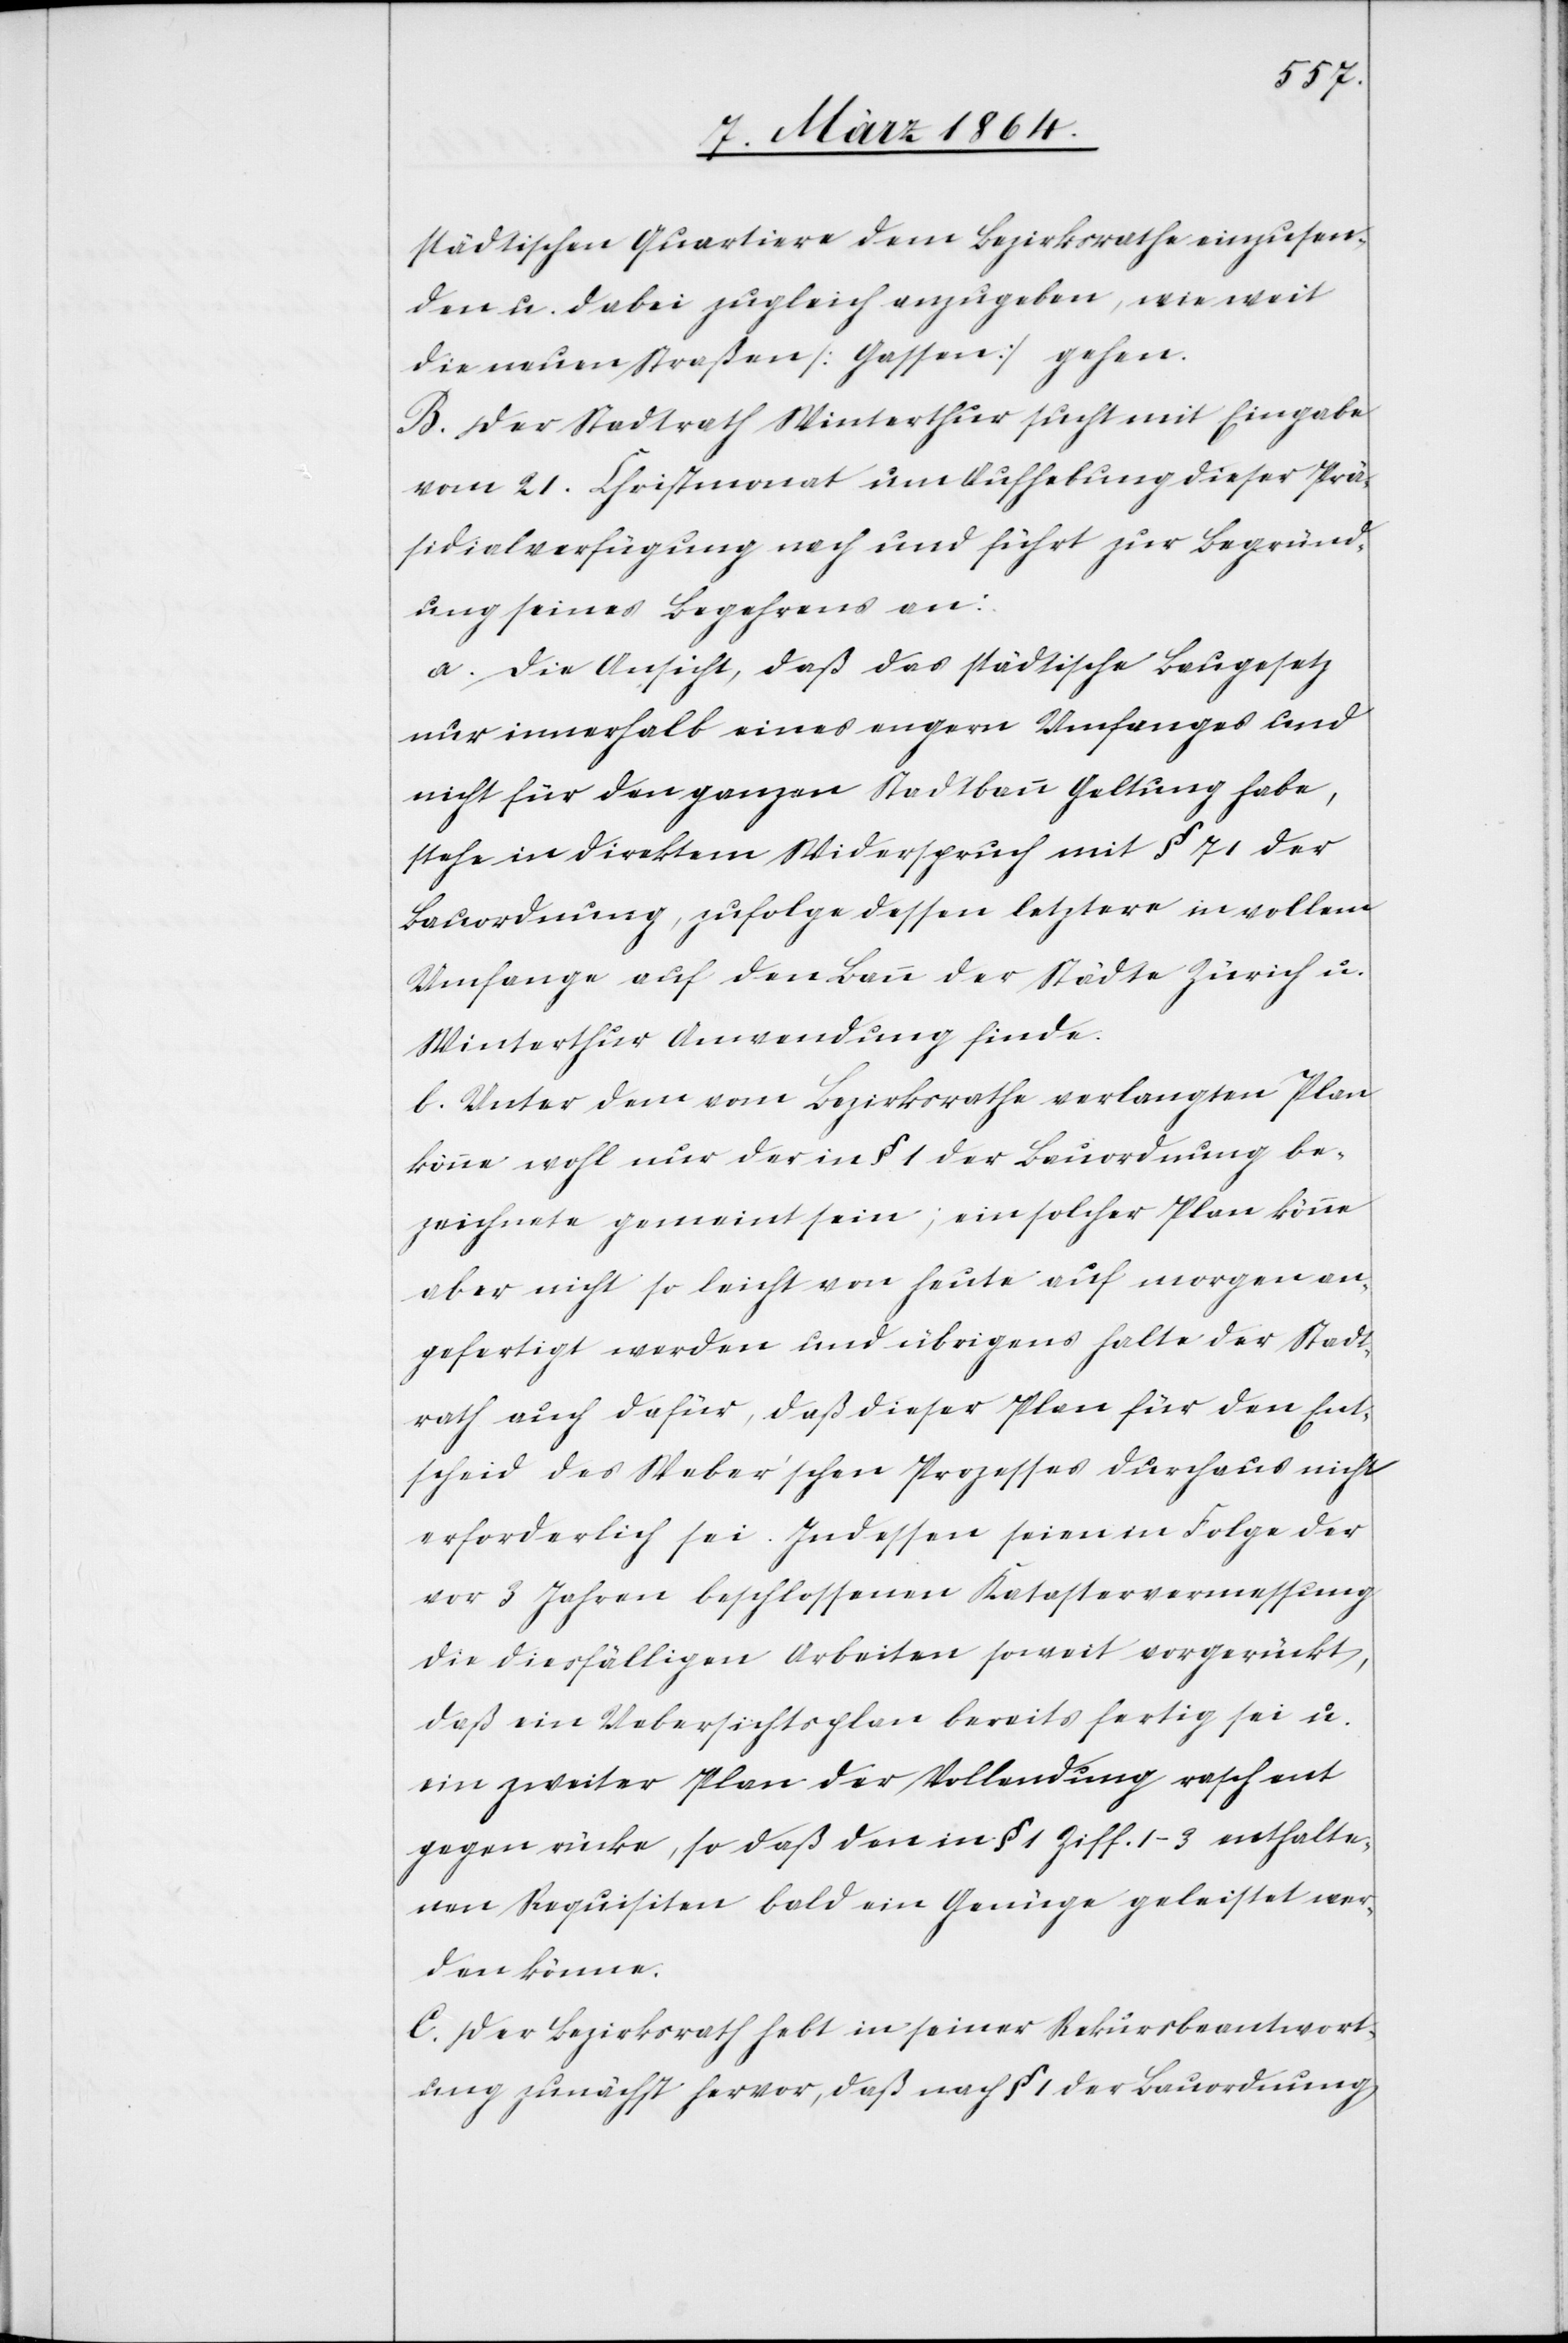
städtischen Quartiere dem Bezirksrathe einzusen¬
den u. dabei zugleich anzugeben, wie weit
die neuen Straßen [Gassen] gehen.
B. Der Stadtrath Winterthur sucht mit Eingabe
vom 21. Christmonat um Aufhebung dieser Prä¬
sidialverfügung nach und führt zur Begründ¬
ung seines Begehrens an:
a. Die Ansicht, daß das städtische Baugesetz
nur innerhalb eines engern Umfanges und
nicht für den ganzen Stadtbau Geltung habe,
stehe in direktem Widerspruch mit § 71 der
Bauordnung, zufolge dessen letztere in vollem
Umfange auf den Bau der Städte Zürich u.
Winterthur Anwendung finde.
b. Unter dem vom Bezirksrathe verlangten Plan
könne wohl nur der in § 1 der Bauordnung be¬
zeichnete gemeint sein; ein solcher Plan könne
aber nicht so leicht von heute auf morgen an¬
gefertigt werden und übrigens halte der Stadt¬
rath auch dafür, daß dieser Plan für den Ent¬
scheid des Weber’schen Prozesses durchaus nicht
erforderlich sei. Indessen seien in Folge der
vor 3 Jahren beschlossenen Katastervermessung
die diesfälligen Arbeiten soweit vorgerückt,
daß ein Uebersichtsplan bereits fertig sei u.
ein zweiter Plan der Vollendung rasch ent
gegen [sic!] rücke, so daß den in § 1 Ziff. 1-3 enthalte¬
nen Requisiten bald ein Genüge geleistet wer¬
den könne.
C. Der Bezirksrath hebt in seiner Rekursbeantwort¬
ung zunächst hervor, daß nach § 1 der Bauordnung,